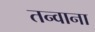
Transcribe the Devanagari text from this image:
तन्वाना